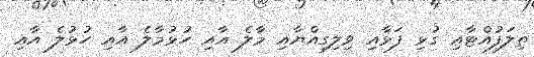
ތިލަފުއްޓާއި ގުޅި ފަޅާއި ވިލިގިއްޔާއި މާލެ އާއި ހުޅުމާލެ އާއި ހުޅުލެ އާއި